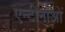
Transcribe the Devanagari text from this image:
एन्टीनाओं